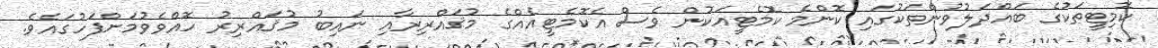
ކޮމިޓީތަކުގެ ބައްދަލުވުންތަކުގައި ކޮންމެ ކޮމެޓީއަކުން ވެސް އެކޮމެޓީއެއްގެ މުޤައްރިރާއި ނައިބު މުޤައްރިރު ހޮއްވެވުމަށްފަހުގައެވެ.